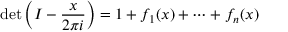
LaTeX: \operatorname* { d e t } \left( I - { \frac { x } { 2 \pi i } } \right) = 1 + f _ { 1 } ( x ) + \cdots + f _ { n } ( x )